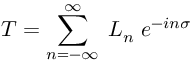
T = \sum _ { n = - \infty } ^ { \infty } \; L _ { n } \; e ^ { - i n \sigma }